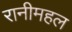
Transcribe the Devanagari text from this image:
रानीमहल